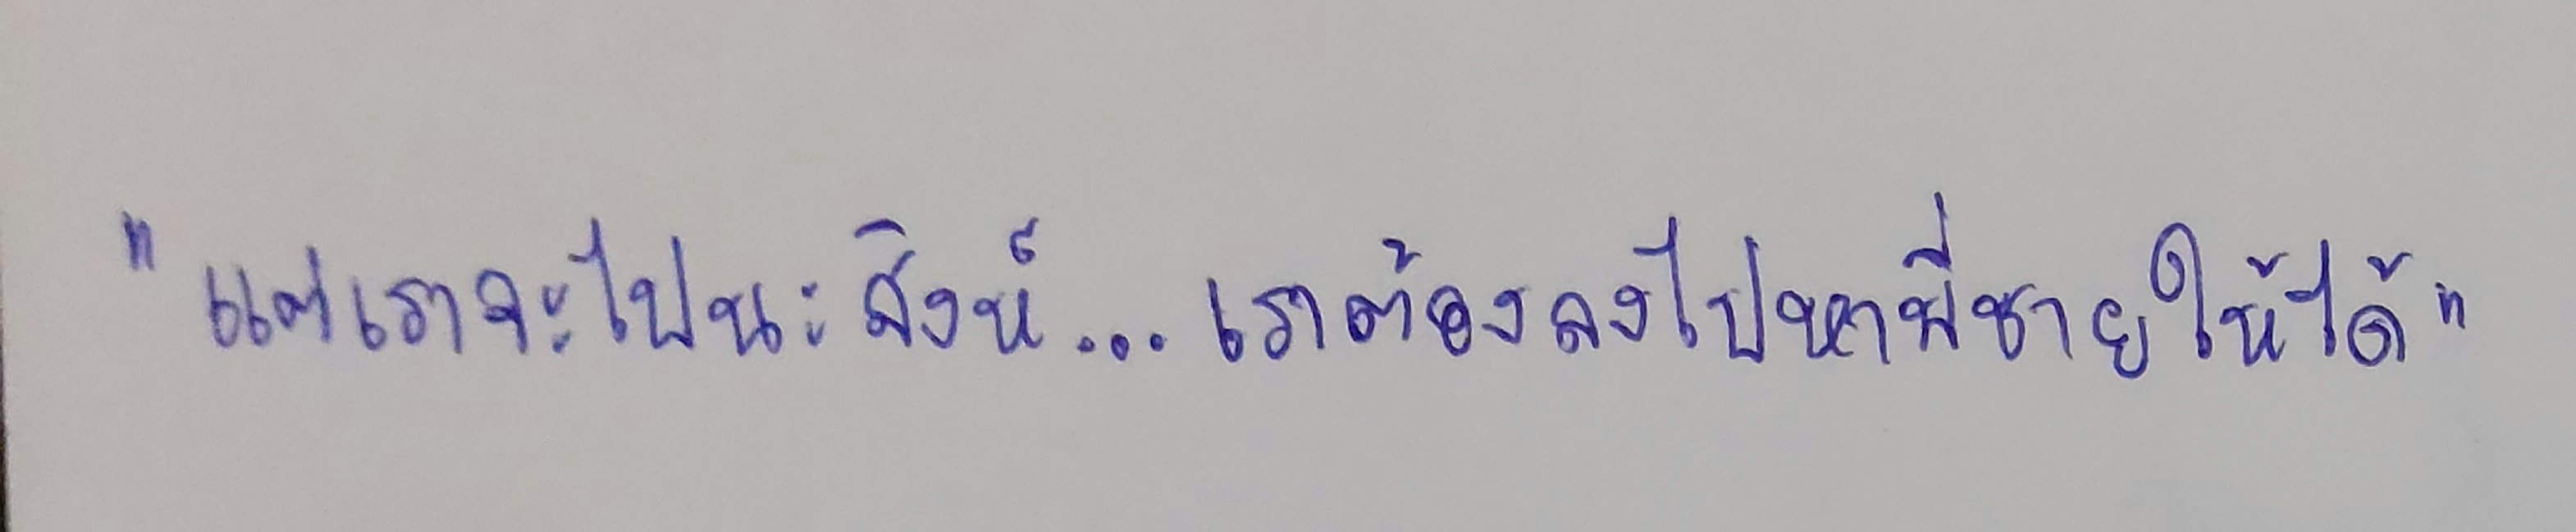
"แต่เราจะไปนะสิงห์...เราต้องลงไปหาพี่ชายให้ได้"